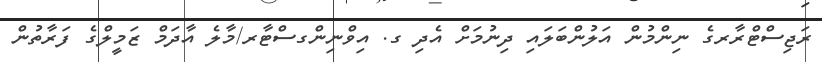
ރަޖިސްޓްރާރގެ ނިންމުން އަލުންބަލައި ދިނުމަށް އެދި ގ. އިވްނިންގސްޓާރ/މާލެ އާދަމް ޒަމީލްގެ ފަރާތުން